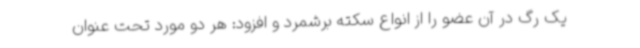
یک رگ در آن عضو را از انواع سکته برشمرد و افزود: هر دو مورد تحت عنوان